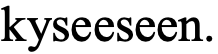
kyseeseen.